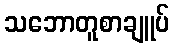
သဘောတူစာချူပ်